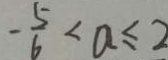
- \frac { 5 } { 6 } < a \leq 2